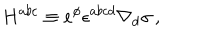
LaTeX: H ^ { a b c } \equiv e ^ { \phi } \epsilon ^ { a b c d } \nabla _ { d } \sigma \, ,